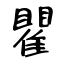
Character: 瞿